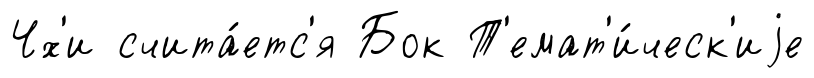
Чх'и счита́етс'я Бок Т'емат'и́ческ'иjе